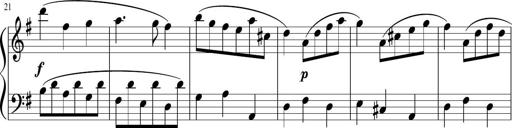
Title: 12 Keyboard Sonatinas
Composer: James Hook